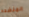
المنضده